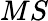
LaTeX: MS